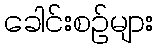
ခေါင်းစဉ်များ